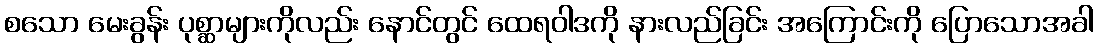
စသော မေးခွန်း ပုစ္ဆာများကိုလည်း နောင်တွင် ထေရဝါဒကို နားလည်ခြင်း အကြောင်းကို ပြောသောအခါ